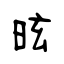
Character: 昡